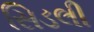
સિડલી